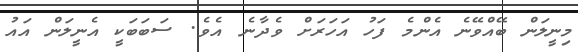
މިނީލަން ބޭއްވޭނެ އެންމެ ފަހު އަހަރަށް ވެދާނެ އެވެ. ސަބަބަކީ އެނީލަން އައު